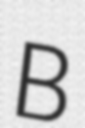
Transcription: B